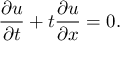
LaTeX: { \frac { \partial u } { \partial t } } + t { \frac { \partial u } { \partial x } } = 0 .